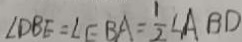
\angle D B E = \angle E B A = \frac { 1 } { 2 } \angle A B D